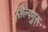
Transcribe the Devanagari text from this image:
शिल्पगुरु